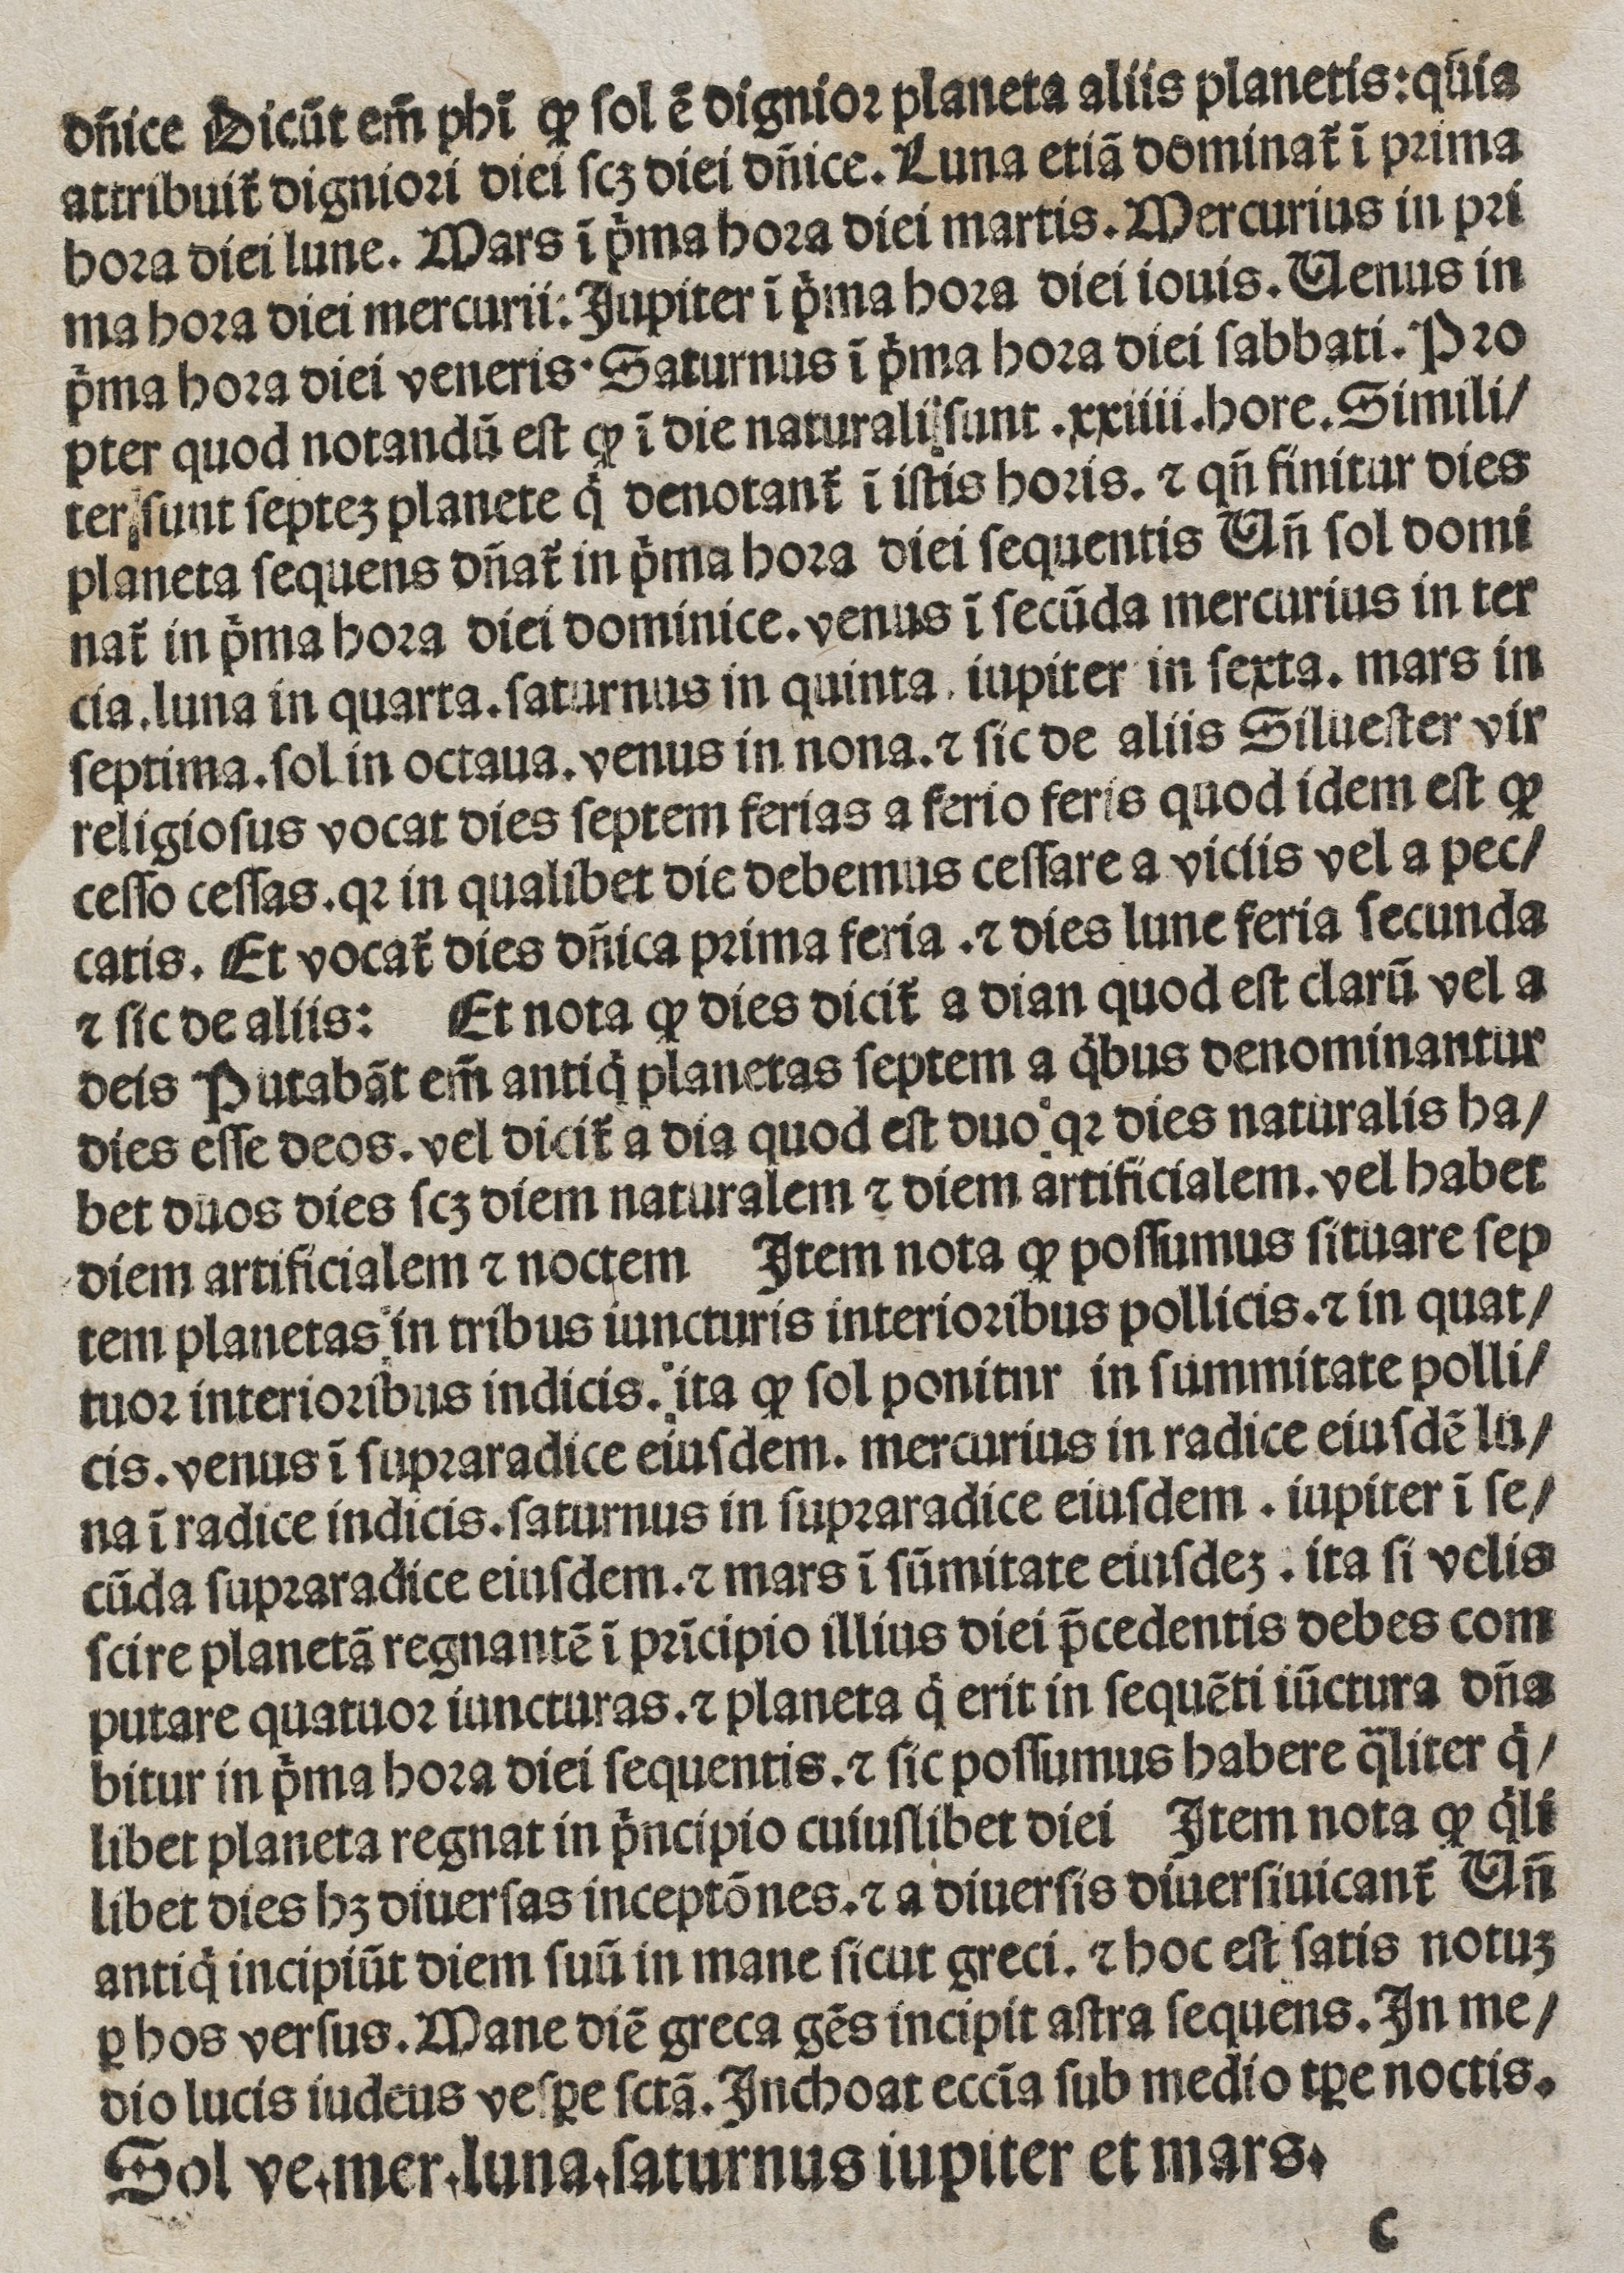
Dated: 1400–1449